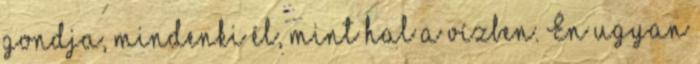
gondja, mindenki él, mint hal a vízben. Én ugyan